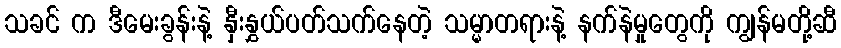
သခင် က ဒီမေးခွန်းနဲ့ နှီးနွှယ်ပတ်သက်နေတဲ့ သမ္မာတရားနဲ့ နက်နဲမှုတွေကို ကျွန်မတို့ဆီ